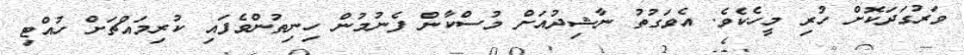
ވަރުގަދަކޮށް ހުރި މީހެކެވެ. އެވަގުތު ނާޝިދުއަށް މުސްކާން ފެނުމުން ހިނިތުންވެފައި ކުރިމައްޗަށް ހުއްޓި